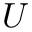
U